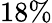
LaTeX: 18\%